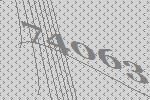
74063